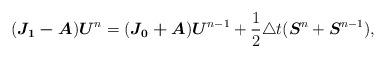
LaTeX: \begin{align*}(\boldsymbol{J_1-A})\boldsymbol{U}^n=(\boldsymbol{J_0+A})\boldsymbol{U}^{n-1}+\frac{1}{2}\triangle t(\boldsymbol{S}^n+\boldsymbol{S}^{n-1}),\end{align*}